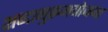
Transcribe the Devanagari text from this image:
शब्दानुक्रमयोजना